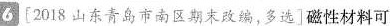
6[2018山东青岛市南区期末改编，多选]磁性材料可